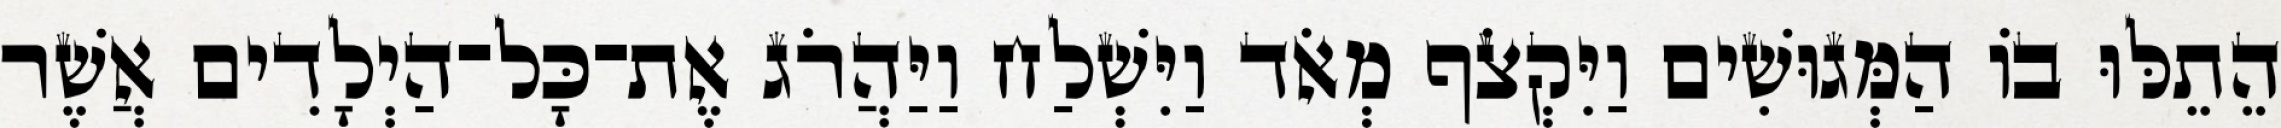
הֵתֵלּוּ בוֹ הַמְּגוּשִׁים וַיִּקְצֹף מְאֹד וַיִּשְׁלַח וַיַּהֲרֹג אֶת־כָּל־הַיְלָדִים אֲשֶׁר